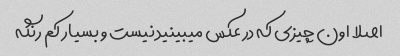
اصلا اون چیزی که در عکس میبینید نیست و بسیار کم رنگه